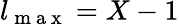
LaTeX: l_{\mathrm{~m~a~x~}}=X-1